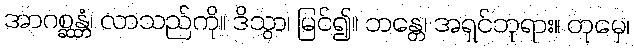
အာဂစ္ဆန္တံ၊ လာသည်ကို။ ဒိသွာ၊ မြင်၍။ ဘန္တေ၊ အရှင်ဘုရား။ တုမှေ၊